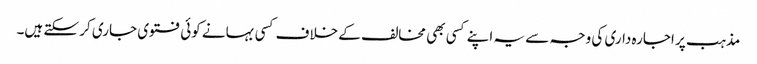
مذہب پر اجارہ داری کی وجہ سے یہ اپنے کسی بھی مخالف کے خلاف کسی بہانے کوئی فتوی جاری کر سکتے ہیں۔